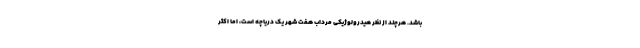
باشد. هرچند از نظر هیدرولوژیکی مرداب هفت شهر یک دریاچه است، اما اکثر